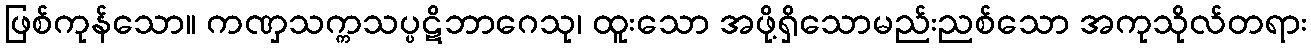
ဖြစ်ကုန်သော။ ကဏှသက္ကသပ္ပဋိဘာဂေသု၊ ထူးသော အဖို့ရှိသောမည်းညစ်သော အကုသိုလ်တရား